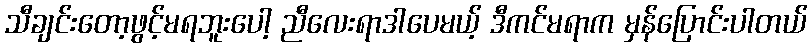
သီချင်းတော့ဖွင့်မရဘူးပေါ့ ညီလေးရာဒါပေမယ့် ဒီကင်မရာက မှန်ပြောင်းပါတယ်